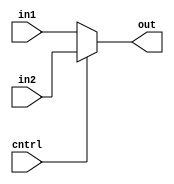
module MUX2to1_2(cntrl,in1,in2,out);
input cntrl;
input [1:0] in1,in2;
output [1:0] out;
assign out = (cntrl == 1) ? in2 : in1;
endmodule